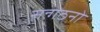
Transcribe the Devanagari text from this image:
सन्गठनो